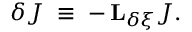
\delta J \; \equiv \; - \, { \bf L } _ { \delta \xi } J .